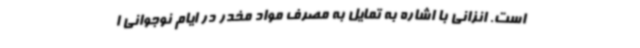
است. انزانی با اشاره به تمایل به مصرف مواد مخدر در ایام نوجوانی ا